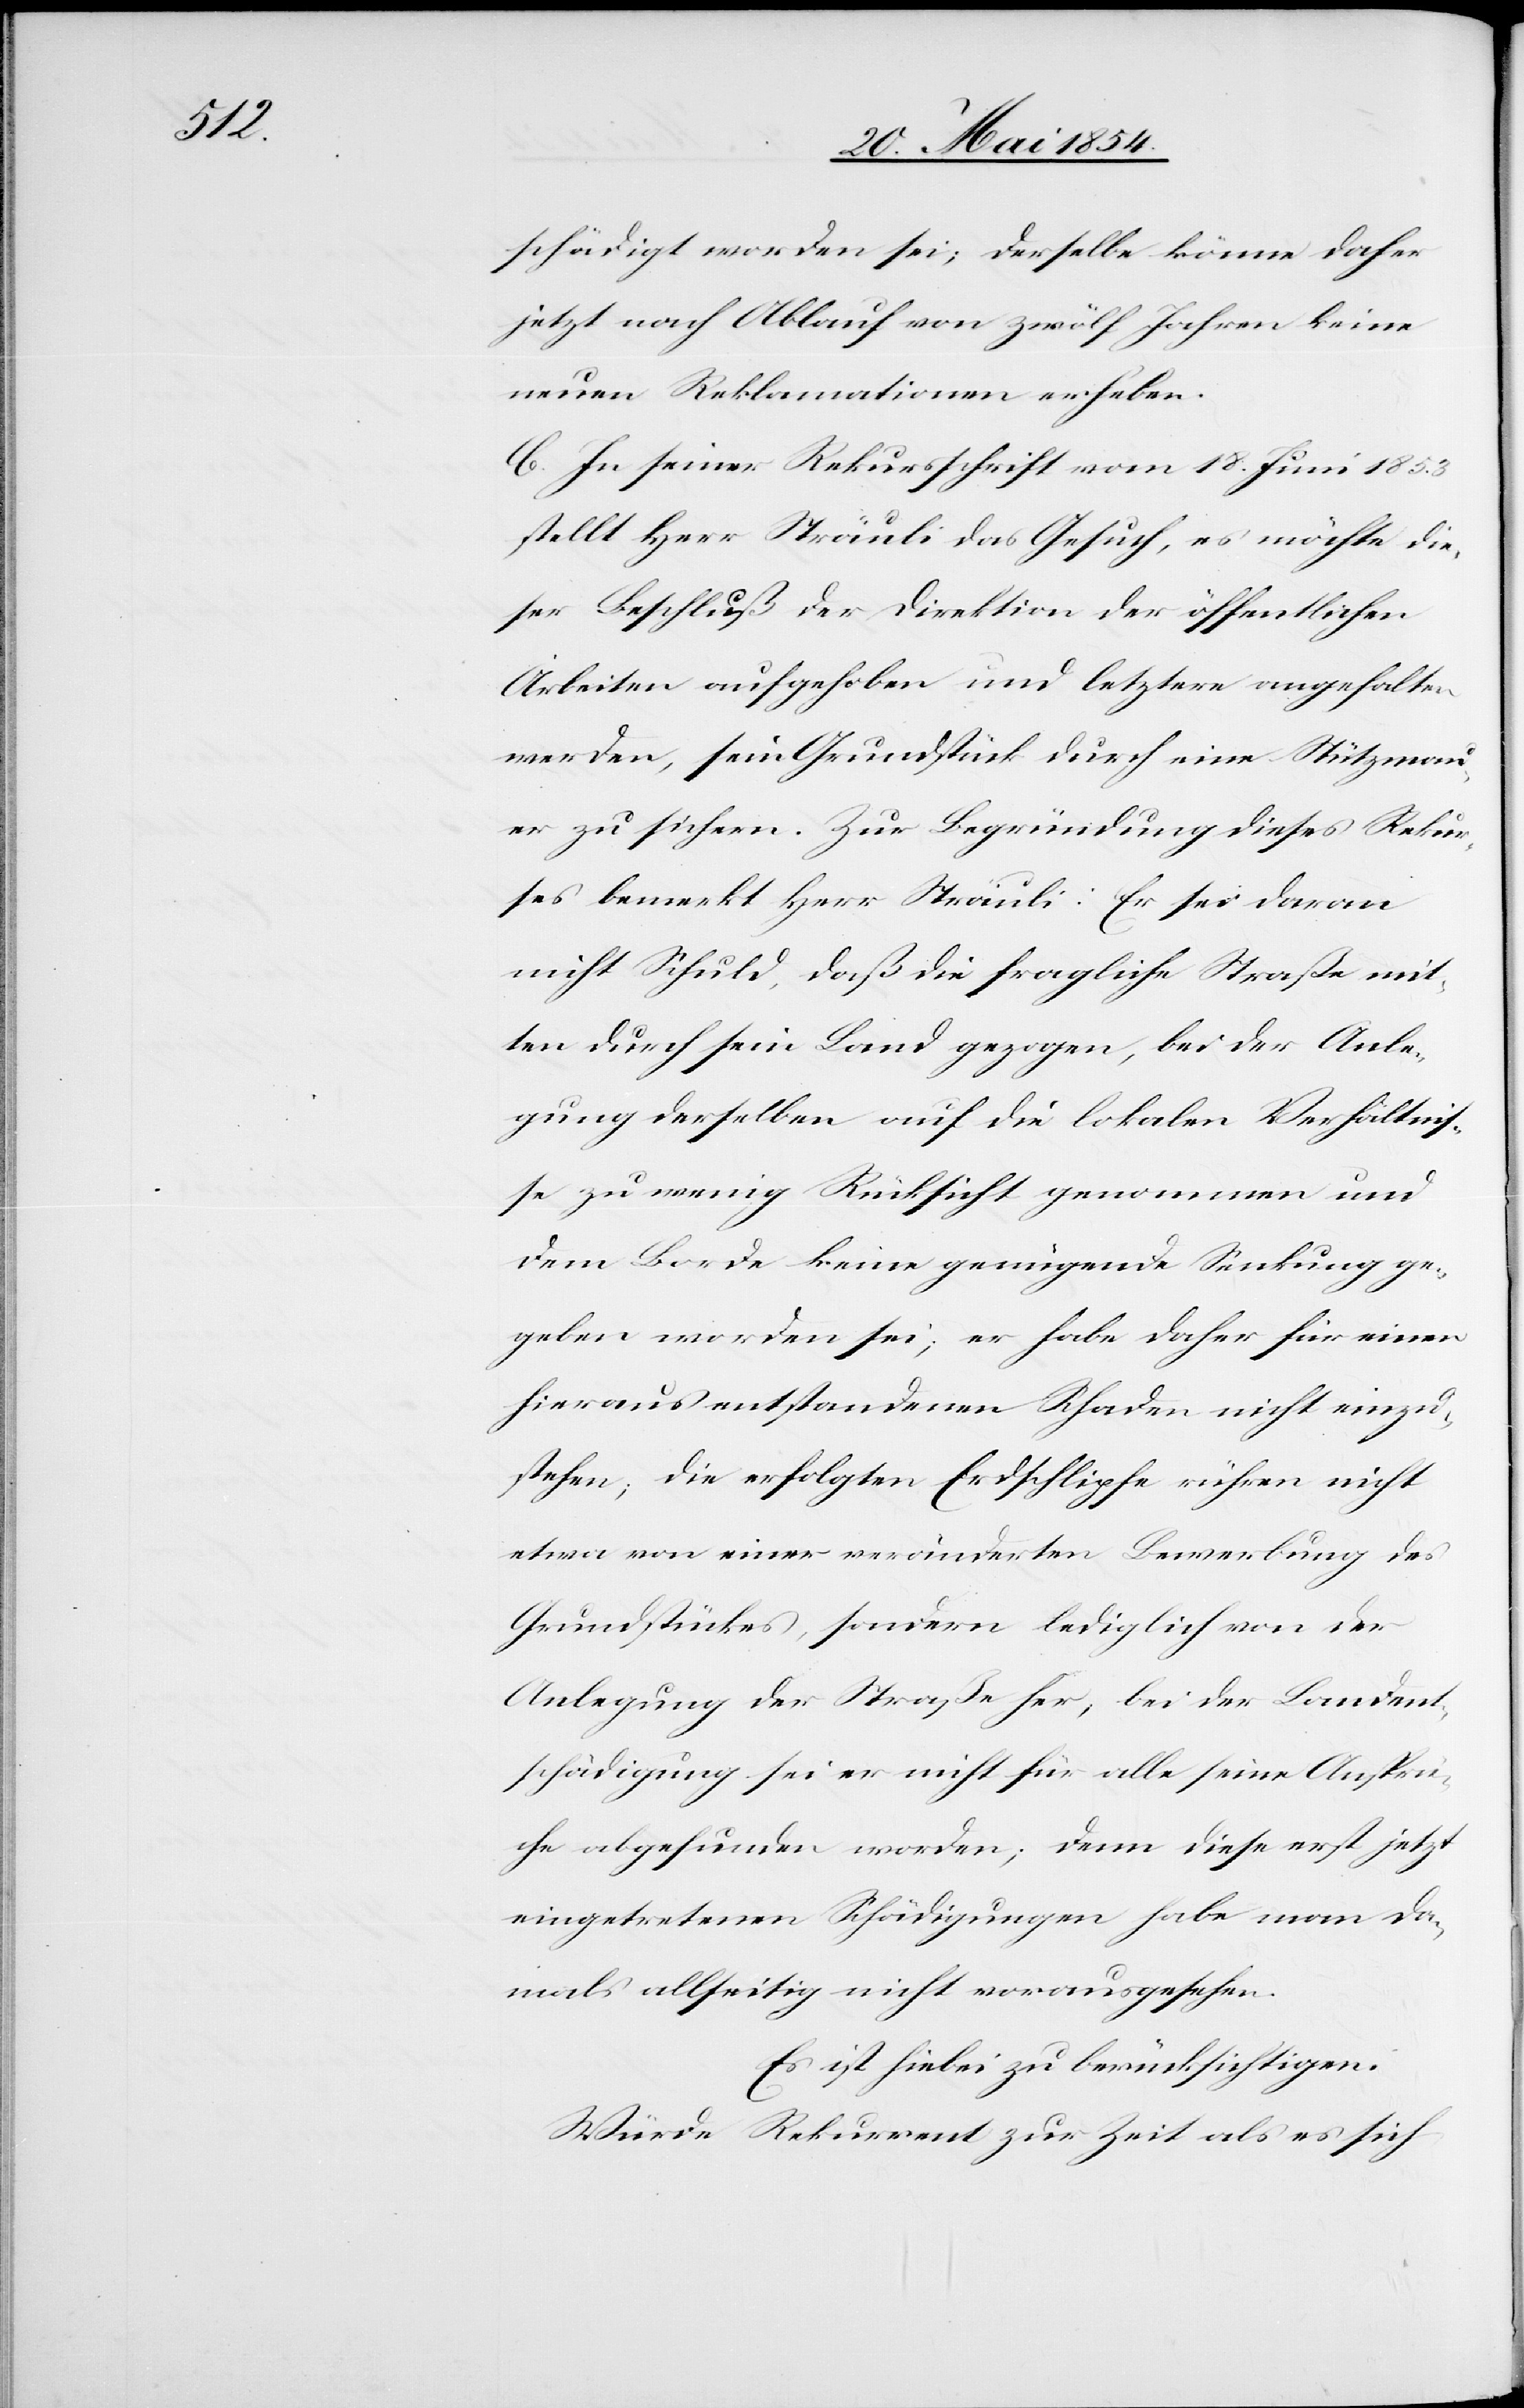
schädigt worden sei; derselben könne daher
jetzt nach Ablauf von zwölf Jahren keine
neuen Reklamationen erheben.
C. In seiner Rekursschrift vom 18. Juni 1853
stellt Herr Sträuli das Gesuch, es möchte die¬
ser Beschluß der Direktion der öffentlichen
Arbeiten aufgehoben und letztere angehalten
werden, sein Grundstück durch eine Stützmau¬
er zu sichern. Zur Begründung dieses Rekur¬
ses bemerkt Herr Sträuli: Er sei daran
nicht Schuld, daß die fragliche Straße mit¬
ten durch sein Land gezogen, bei der Anle¬
gung derselben auf die lokalen Verhältniß¬
e zu wenig Rücksicht genommen und
dem Borde keine genügende Senkung ge¬
geben worden sei; er habe daher für einen
hieraus entstandenen Schaden nicht einzu¬
stehen; die erfolgten Erdschlipfe rühren nicht
etwa von einer veränderten Bewerbung des
Grundstückes, sondern lediglich von der
Anlegung der Straße her, bei der Landent¬
schädigung sei er nicht für alle seine Ansprü¬
che abgefunden worden; denn diese erst jetzt
eingetretenen Schädigungen habe man da¬
mals allseitig nicht vorausgesehen.
Es ist hiebei zu berücksichtigen:
Würde Rekurrent zur Zeit als es sich